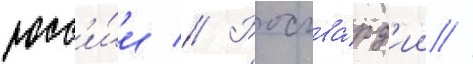
росс'и́и // Росгва́рд'ии //